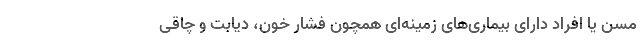
مسن یا افراد دارای بیماری‌های زمینه‌ای همچون فشار خون، دیابت و چاقی